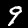
Label: 9